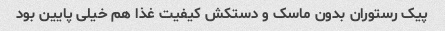
پیک رستوران بدون ماسک و دستکش کیفیت غذا هم خیلی پایین بود